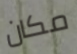
مكان